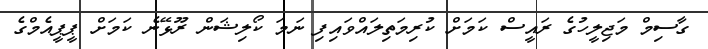
ގާސިމް މަޖިލީހުގެ ރައީސް ކަމަށް ކުރިމަތިލައްވައިފި ނަމަ ކޯލިޝަން ރޫޅޭނެ ކަމަށް ޕީޕީއެމްގެ